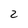
Character: 2